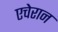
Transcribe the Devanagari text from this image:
एचेरान